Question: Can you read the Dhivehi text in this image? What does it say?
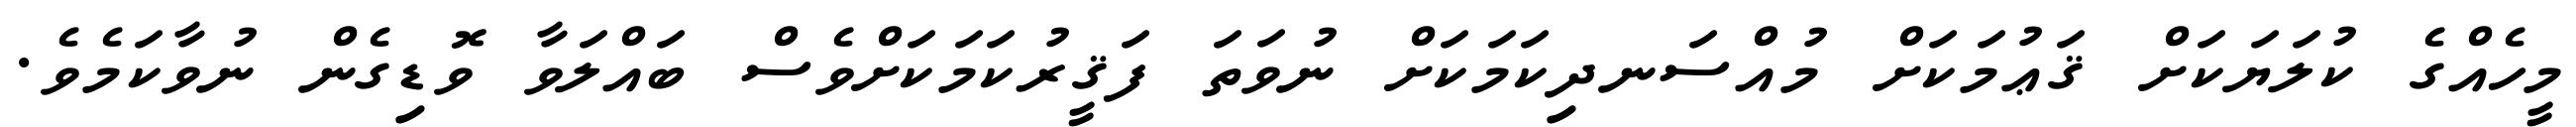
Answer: މީހެއްގެ ކުލަޔަކަށް ޤަޢުމަކަށް މުއްސަނދިކަމަކަށް ނުވަތަ ފަޤީރުކަމަކަށްވެސް ބައްލަވާ ވޮޑިގެން ނުވާކަމެވެ.